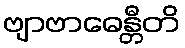
ဗျာဗာဓေန္တီတိ